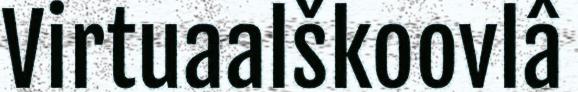
Virtuaalškoovlâ